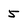
Character: 5